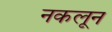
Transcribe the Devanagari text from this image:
नकलून